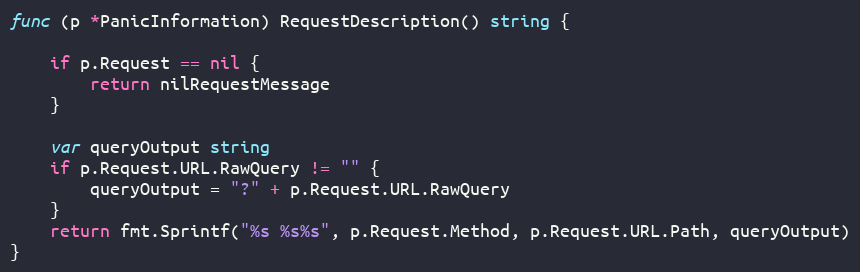
Language: Go
func (p *PanicInformation) RequestDescription() string {

	if p.Request == nil {
		return nilRequestMessage
	}

	var queryOutput string
	if p.Request.URL.RawQuery != "" {
		queryOutput = "?" + p.Request.URL.RawQuery
	}
	return fmt.Sprintf("%s %s%s", p.Request.Method, p.Request.URL.Path, queryOutput)
}